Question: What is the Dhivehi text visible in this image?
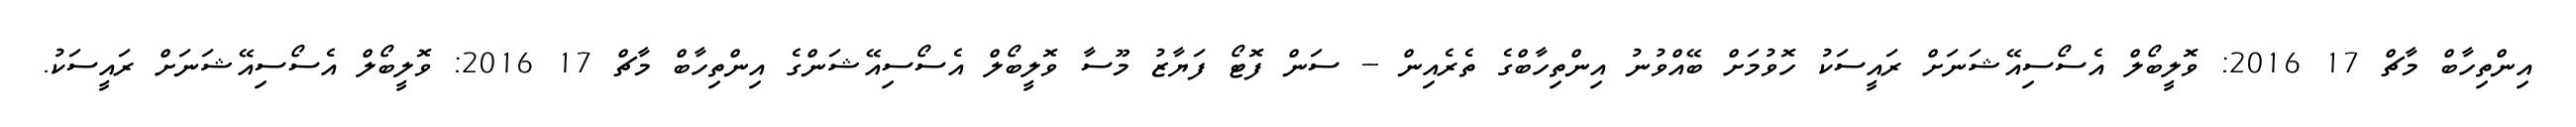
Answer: އިންތިހާބް މާޗް 17 2016: ވޮލީބޯލް އެސޯސިއޭޝަނަށް ރައީސަކު ހޮވުމަށް ބޭއްވުނު އިންތިހާބްގެ ތެރެއިން -- ސަން ފޮޓޯ ފަޔާޒު މޫސާ ވޮލީބޯލް އެސޯސިއޭޝަންގެ އިންތިހާބް މާޗް 17 2016: ވޮލީބޯލް އެސޯސިއޭޝަނަށް ރައީސަކު.